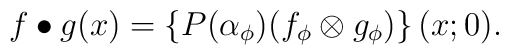
f\bullet g(x)= \left\{P(\alpha_\phi)(f_\phi\otimes g_\phi)\right\}(x;0).